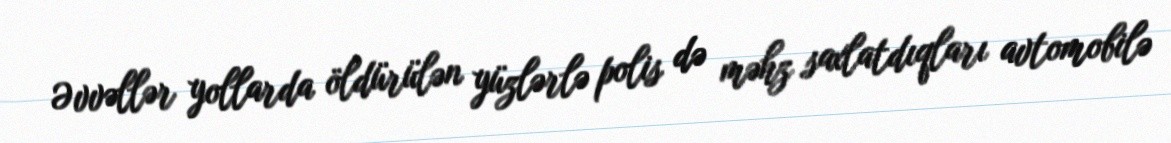
Əvvəllər yollarda öldürülən yüzlərlə polis də məhz saxlatdıqları avtomobilə